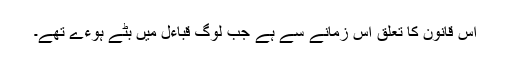
اس قانون کا تعلق اس زمانے سے ہے جب لوگ قباءل میں بٹے ہوءے تھے۔